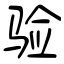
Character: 验